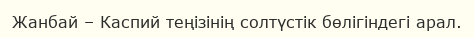
Жанбай – Каспий теңізінің солтүстік бөлігіндегі арал.